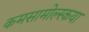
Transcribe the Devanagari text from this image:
कमसामोल्स्कया